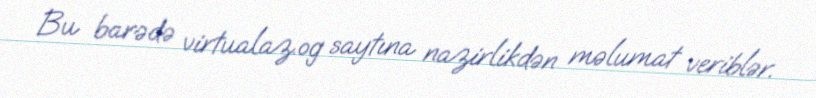
Bu barədə virtualaz.og saytına nazirlikdən məlumat veriblər.